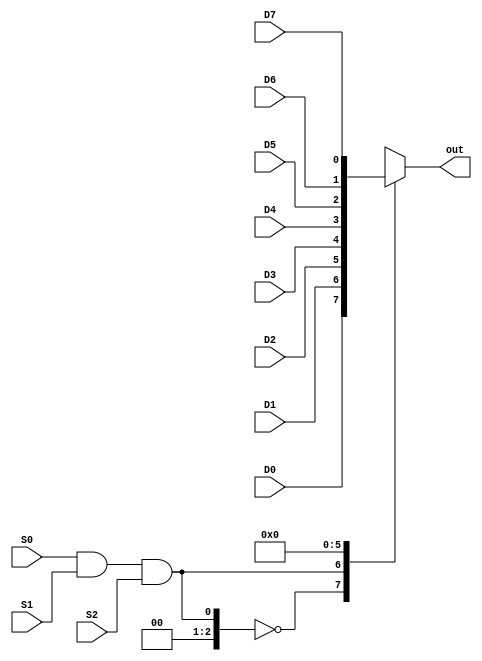
module m81(out, D0, D1, D2, D3, D4, D5, D6, D7, S0, S1, S2);
input wire D0, D1, D2, D3, D4, D5, D6, D7, S0, S1, S2;
output reg out;
always@(*)
begin
case(S0 & S1 & S2)
3'b000: out=D0;
3'b001: out=D1;
3'b010: out=D2;
3'b011: out=D3;
3'b100: out=D4;
3'b101: out=D5;
3'b110: out=D6;
3'b111: out=D7;
default: out=1'b0;
endcase
end
endmodule